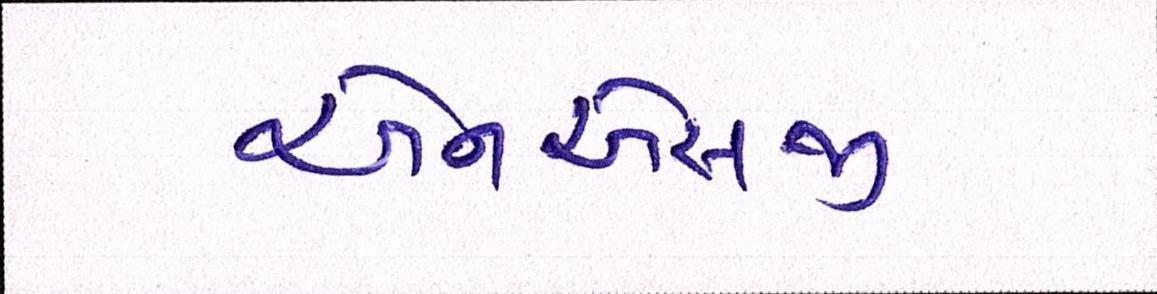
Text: એનએસજી